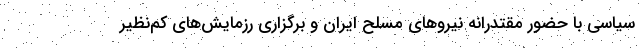
سیاسی با حضور مقتدرانه نیروهای مسلح ایران و برگزاری رزمایش‌های کم‌نظیر